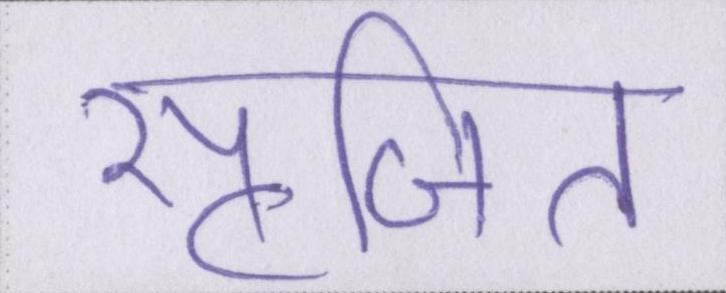
सृजित